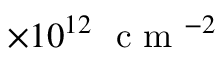
\times 1 0 ^ { 1 2 } ~ \textrm { c m } ^ { - 2 }